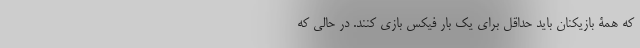
که همۀ بازیکنان باید حداقل برای یک بار فیکس بازی کنند. در حالی که